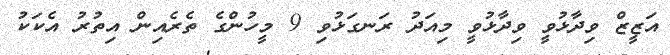
އަޒީޒް ވިދާޅުވީ ވިދާޅުވީ މިއަދު ރަނގަޅުވި 9 މީހުންގެ ތެރެއިން އިތުރު އެކަކު